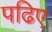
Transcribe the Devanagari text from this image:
पढिए